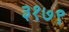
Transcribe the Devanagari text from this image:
३१७९